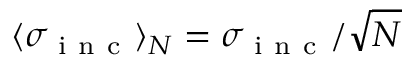
\langle \sigma _ { \mathrm { ~ i ~ n ~ c ~ } } \rangle _ { N } = \sigma _ { \mathrm { ~ i ~ n ~ c ~ } } / \sqrt { N }